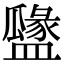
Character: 𥂻